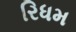
રિધમ